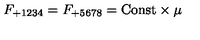
F _ { + 1 2 3 4 } = F _ { + 5 6 7 8 } = \mathrm { C o n s t } \times \mu